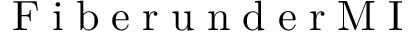
\mathrm { ~ \footnotesize ~ F ~ i ~ b ~ e ~ r ~ u ~ n ~ d ~ e ~ r ~ M ~ I ~ }